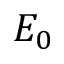
E _ { 0 }